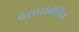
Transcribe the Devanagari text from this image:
पेशीसंबंधित